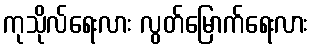
ကုသိုလ်ရေးလား လွတ်မြောက်ရေးလား